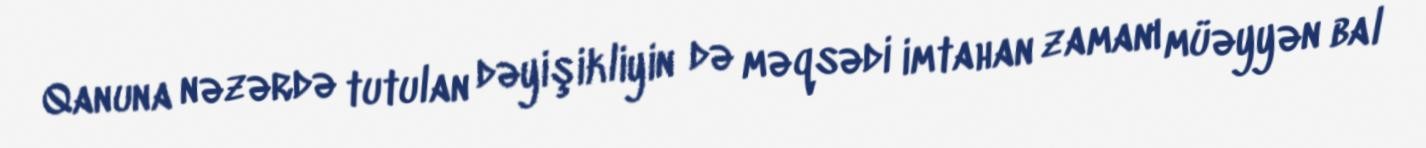
Qanuna nəzərdə tutulan dəyişikliyin də məqsədi imtahan zamanı müəyyən bal